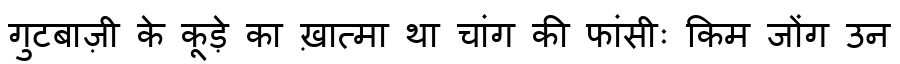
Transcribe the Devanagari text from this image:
गुटबाज़ी के कूड़े का ख़ात्मा था चांग की फांसीः किम जोंग उन